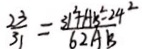
\frac { 2 3 } { 3 1 } = \frac { 3 1 ^ { 2 } + A B ^ { 2 } - 2 4 ^ { 2 } } { 6 2 A B }